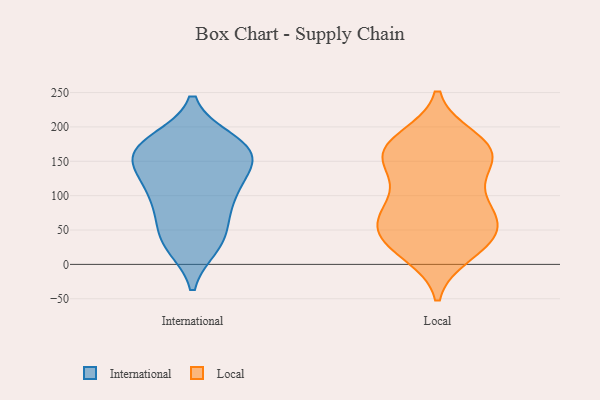
{"axis": {"x": "Population (Million)", "y": "Value"}, "legend": ["International", "Local"], "data": [{"x": "", "y": 55, "type": "International"}, {"x": "", "y": 156, "type": "International"}, {"x": "", "y": 92, "type": "International"}, {"x": "", "y": 177, "type": "International"}, {"x": "", "y": 107, "type": "International"}, {"x": "", "y": 139, "type": "International"}, {"x": "", "y": 30, "type": "International"}, {"x": "", "y": 174, "type": "International"}, {"x": "", "y": 149, "type": "International"}, {"x": "", "y": 102, "type": "International"}, {"x": "", "y": 114, "type": "International"}, {"x": "", "y": 27, "type": "International"}, {"x": "", "y": 31, "type": "International"}, {"x": "", "y": 69, "type": "International"}, {"x": "", "y": 150, "type": "International"}, {"x": "", "y": 160, "type": "International"}, {"x": "", "y": 180, "type": "International"}, {"x": "", "y": 172, "type": "International"}, {"x": "", "y": 45, "type": "Local"}, {"x": "", "y": 154, "type": "Local"}, {"x": "", "y": 92, "type": "Local"}, {"x": "", "y": 17, "type": "Local"}, {"x": "", "y": 152, "type": "Local"}, {"x": "", "y": 64, "type": "Local"}, {"x": "", "y": 122, "type": "Local"}, {"x": "", "y": 64, "type": "Local"}, {"x": "", "y": 169, "type": "Local"}, {"x": "", "y": 26, "type": "Local"}, {"x": "", "y": 174, "type": "Local"}, {"x": "", "y": 76, "type": "Local"}, {"x": "", "y": 161, "type": "Local"}, {"x": "", "y": 161, "type": "Local"}, {"x": "", "y": 33, "type": "Local"}, {"x": "", "y": 182, "type": "Local"}, {"x": "", "y": 37, "type": "Local"}, {"x": "", "y": 79, "type": "Local"}]}